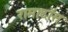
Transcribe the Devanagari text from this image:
रामादॉस